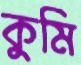
কুমি